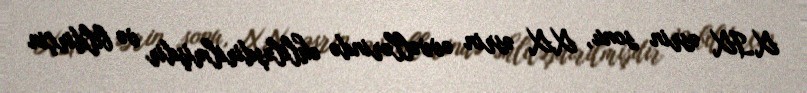
XIX əsrin sonu, XX əsrin əvvəllərində əhliləşdirilmişdir və bildirçin